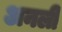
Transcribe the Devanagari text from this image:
अनली